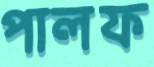
পালফ